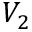
V _ { 2 }